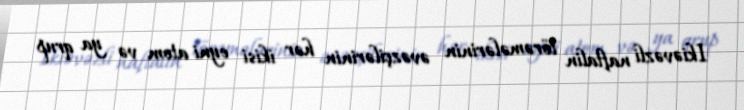
Ikiəvəzli naftalin törəmələrinin əvəzçilərinin hər ikisi eyni atom və ya qrup